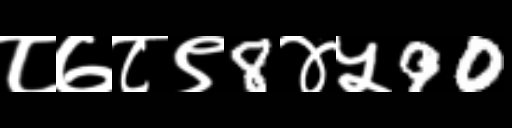
Text: ८७८९8४५90